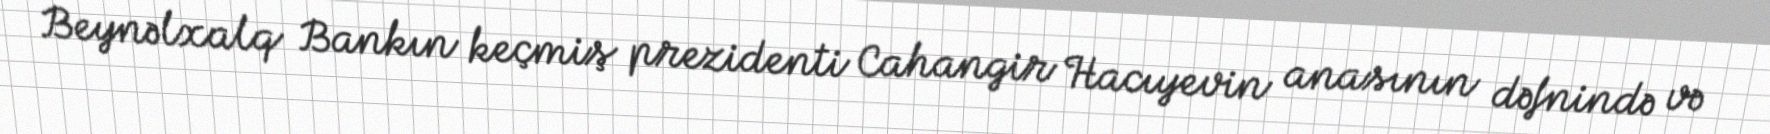
Beynəlxalq Bankın keçmiş prezidenti Cahangir Hacıyevin anasının dəfnində və